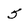
Character: 5